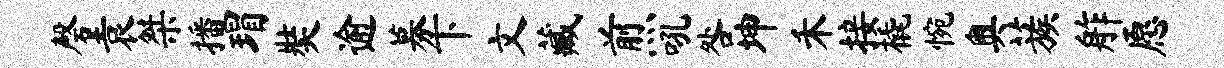
磬袁桀播瑁奘逾募下文藏煎吼咎坤禾接橇惋奥蔟舴愿